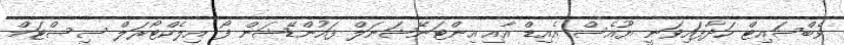
ވެބްސައިޓް ހަދާފައިވަނީ ޔޫއެސް އެއިޑް އާއި އިންޓަނޭޝަނަލް ފައުންޑޭޝަން ފޯ އިލެކްޓޯރަލް ސިސްޓަމް